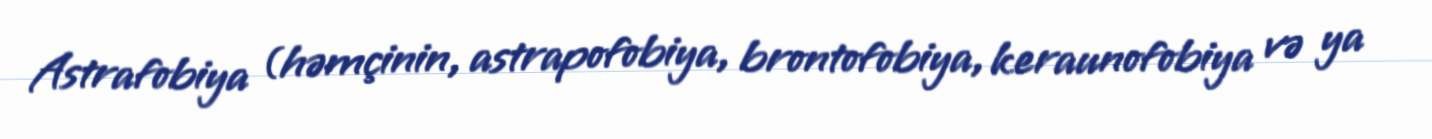
Astrafobiya (həmçinin, astrapofobiya, brontofobiya, keraunofobiya və ya